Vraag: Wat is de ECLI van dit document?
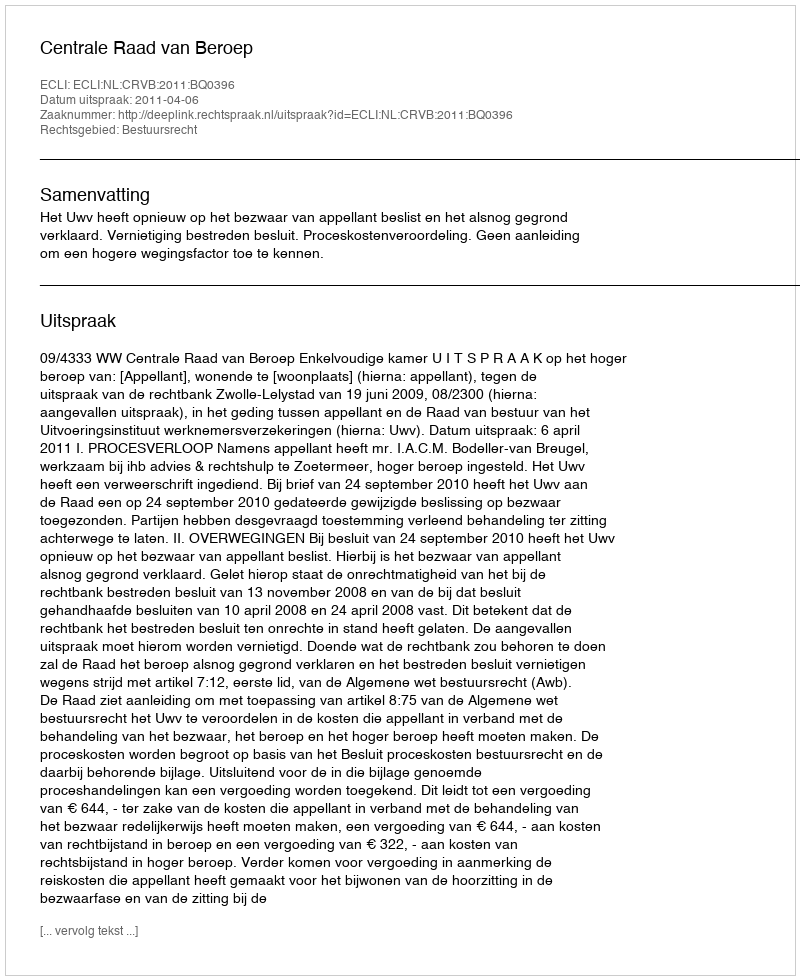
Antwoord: ECLI:NL:CRVB:2011:BQ0396